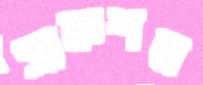
সাকশন